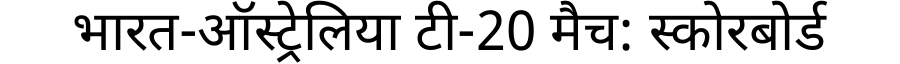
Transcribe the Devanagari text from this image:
भारत-ऑस्ट्रेलिया टी-20 मैच: स्कोरबोर्ड